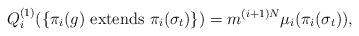
LaTeX: \begin{align*} Q_{i}^{(1)}(\{\text{$\pi_i(g)$ extends $\pi_i(\sigma_t)$}\}) = m^{(i+1)N}\mu_i(\pi_i(\sigma_t)), \end{align*}